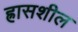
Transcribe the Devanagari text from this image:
ह्रासशील